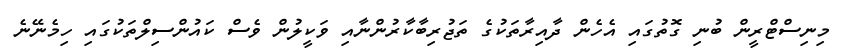
މިނިސްޓްރީން ބުނި ގޮތުގައި އެހެން ދާއިރާތަކުގެ ތަޖުރިބާކާރުންނާއި ވަކީލުން ވެސް ކައުންސިލްތަކުގައި ހިމެނޭނެ